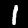
Digit: 1